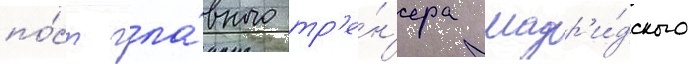
по́ст гла́вного тр'е́н'ера мадр'и́дского